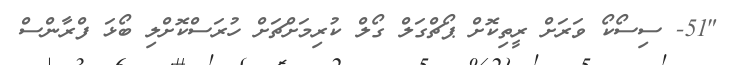
"51- ސިސޯކޯ ވަރަށް ރީތިކޮށް ޕޯޗްގަލް ގޯލް ކުރިމަށްޗަށް ހުރަސްކޮށްލި ބޯޅަ ފްރާންސް